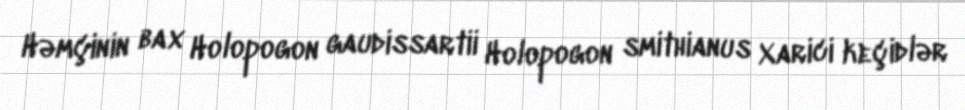
Həmçinin bax Holopogon gaudissartii Holopogon smithianus Xarici keçidlər